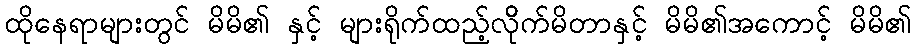
ထိုနေရာများတွင် မိမိ၏ နှင့် များရိုက်ထည့်လိိုက်မိတာနှင့် မိမိ၏အကောင့် မိမိ၏